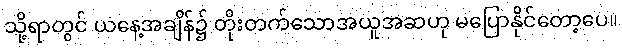
သို့ရာတွင် ယနေ့အချိန်၌ တိုးတက်သောအယူအဆဟု မပြောနိုင်တော့ပေ။